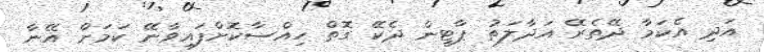
އަދި އެކަމާ ދޭތެރޭ އަދާލަތު ޕާޓީން ދެކޭ ގޮތް ހިއްސާކޮށްފައިވާނޭ ކަމަށް އޭނާ